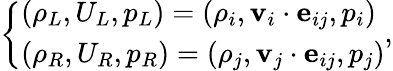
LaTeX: \left\{ \begin{array}{ll}{(\rho_{L},U_{L},p_{L})=(\rho_{i},\mathbf{v}_{i}\cdot\mathbf{e}_{ij},p_{i})}\\ {(\rho_{R},U_{R},p_{R})=(\rho_{j},\mathbf{v}_{j}\cdot\mathbf{e}_{ij},p_{j})}\end{array}\right.,